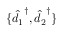
\{ \hat { d _ { 1 } } ^ { \dagger } , \hat { d _ { 2 } } ^ { \dagger } \}